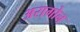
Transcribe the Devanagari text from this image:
अरागोन